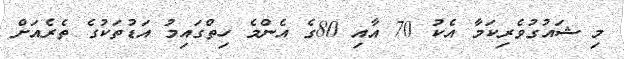
މި ޝައުގުވެރިކަމާ އެކު 70 އާއި 80ގެ އެންމެ ހިތްގައިމު އަޑުތަކުގެ ތެރެއަށް